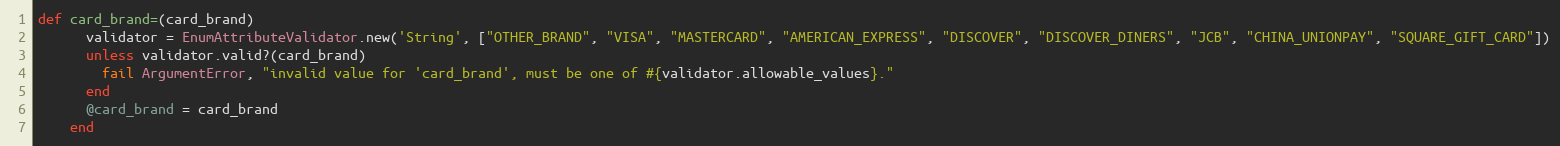
Language: Ruby
def card_brand=(card_brand)
      validator = EnumAttributeValidator.new('String', ["OTHER_BRAND", "VISA", "MASTERCARD", "AMERICAN_EXPRESS", "DISCOVER", "DISCOVER_DINERS", "JCB", "CHINA_UNIONPAY", "SQUARE_GIFT_CARD"])
      unless validator.valid?(card_brand)
        fail ArgumentError, "invalid value for 'card_brand', must be one of #{validator.allowable_values}."
      end
      @card_brand = card_brand
    end